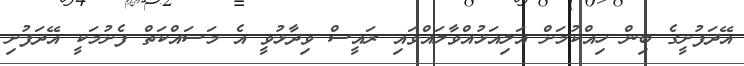
އޭދަފުށީގެ ބިން ހިއްކުމަށް އަލިއަޅުއްވާލައްވައި ރައީސް ވިދާޅުވީ އެ މަސައްކަތް ފެށުމަކީ އޭދަފުށި